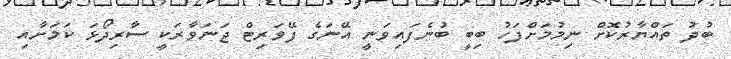
ބުދު ތައްޔާރުކޮށް ނިމުމަށްފަހު ބިބީ ބުނެފައިވަނީ އޭނަގެ ފޭވަރިޓް ޖަނަވާރަކީ ސާރިދޯޅަ ކަމަށާއި